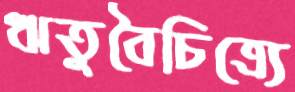
ঋতুবৈচিত্র্যে